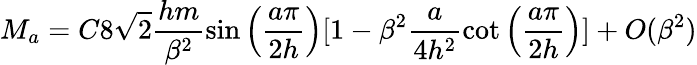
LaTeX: M_{a}=C8\sqrt{2}\frac{hm}{\beta^{2}}\sin\left(\frac{a\pi}{2h}\right)[1-\beta^{2}\frac{a}{4h^{2}}\cot\left(\frac{a\pi}{2h}\right)]+O(\beta^{2})